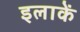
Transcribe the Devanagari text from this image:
इलाकें